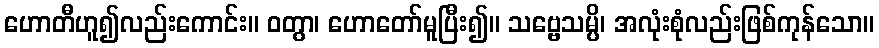
ဟောတီဟူ၍လည်းကောင်း။ ဝတွာ၊ ဟောတော်မူပြီး၍။ သဗ္ဗေသမ္ပိ၊ အလုံးစုံလည်းဖြစ်ကုန်သော။